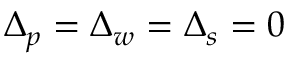
\Delta _ { p } = \Delta _ { w } = \Delta _ { s } = 0